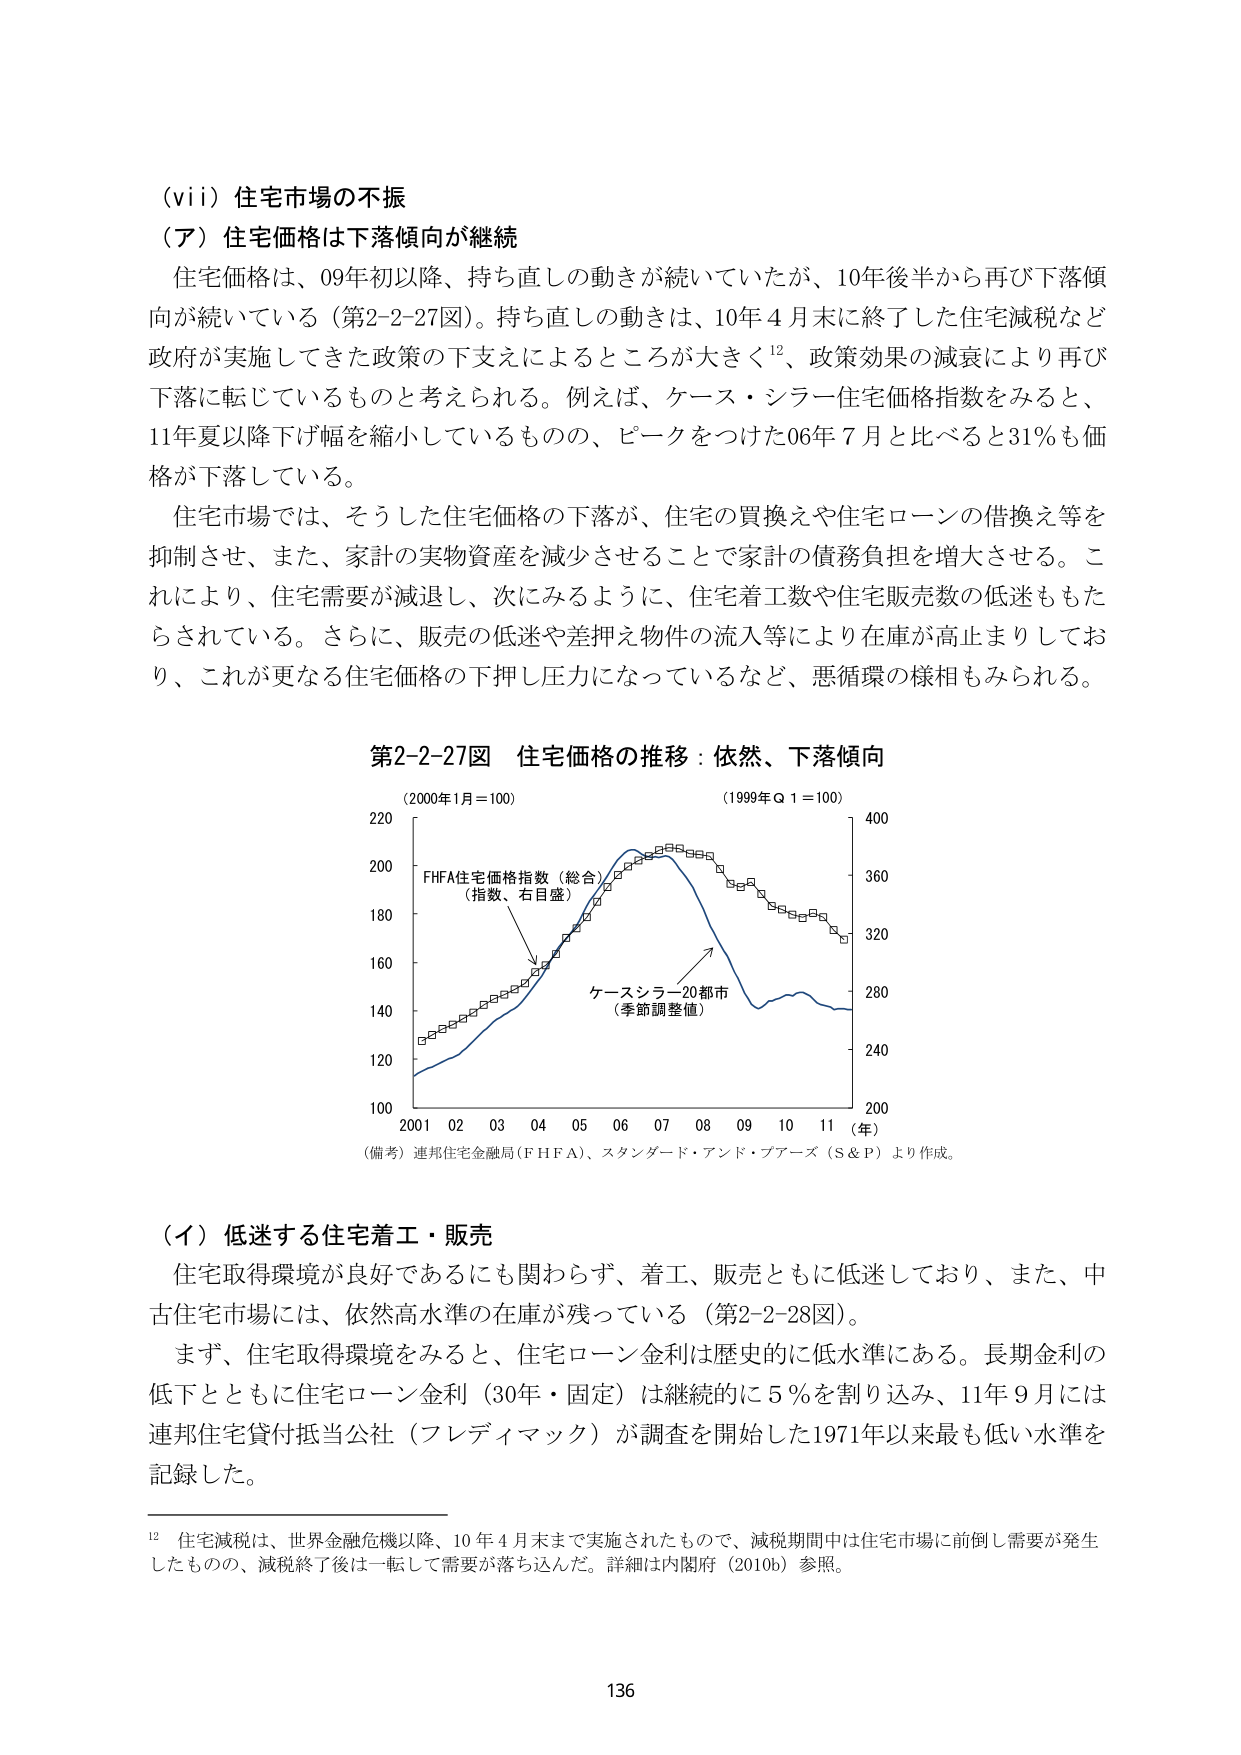
（vii）住宅市場の不振
（ア）住宅価格は下落傾向が継続
住宅価格は、09年初以降、持ち直しの動きが続いていたが、10年後半から再び下落傾向が続いている（第2-2-27図）。持ち直しの動きは、10年4月末に終了した住宅減税など政府が実施してきた政策の下支えによるところが大きく¹²、政策効果の減衰により再び下落に転じているものと考えられる。例えば、ケース・シラー住宅価格指数をみると、11年夏以降下げ幅を縮小しているものの、ピークをつけた06年7月と比べると31％も価格が下落している。
住宅市場では、そうした住宅価格の下落が、住宅の買換えや住宅ローンの借換え等を抑制させ、また、家計の実物資産を減少させることで家計の債務負担を増大させる。これにより、住宅需要が減退し、次にみるように、住宅着工数や住宅販売数の低迷ももたらされている。さらに、販売の低迷や差押え物件の流入等により在庫が高止まりしており、これが更なる住宅価格の下押し圧力になっているなど、悪循環の様相もみられる。

第2-2-27図 住宅価格の推移：依然、下落傾向
（2000年1月＝100）
（1999年Q1＝100）
FHFA住宅価格指数（総合）
（指数、右目盛）
ケースシラー20都市
（季節調整値）
2001 02 03 04 05 06 07 08 09 10 11（年）
（備考）連邦住宅金融局（FHFA）、スタンダード・アンド・プアーズ（S&P）より作成。

（イ）低迷する住宅着工・販売
住宅取得環境が良好であるにも関わらず、着工、販売ともに低迷しており、また、中古住宅市場には、依然高水準の在庫が残っている（第2-2-28図）。
まず、住宅取得環境をみると、住宅ローン金利は歴史的に低水準にある。長期金利の低下とともに住宅ローン金利（30年・固定）は継続的に5％を割り込み、11年9月には連邦住宅貸付抵当公社（フレディマック）が調査を開始した1971年以来最も低い水準を記録した。

¹² 住宅減税は、世界金融危機以降、10年4月末まで実施されたもので、減税期間中は住宅市場に前倒し需要が発生したものの、減税終了後は一転して需要が落ち込んだ。詳細は内閣府（2010b）参照。

136